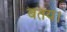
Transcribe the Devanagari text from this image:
बतय।